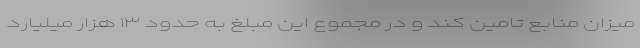
میزان منابع تامین کند و در مجموع این مبلغ به حدود ۱۳ هزار میلیارد